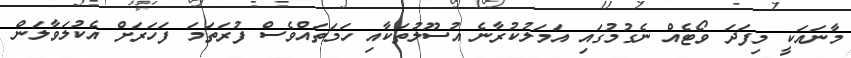
މާނައަކީ މިފަދަ ވޯޓެއް ނެގުމުގައި އަމަލުކުރާނެ އުސޫލުތަކާއި ހަމަތައްވެސް ފުރަތަމަ ފަހަރަށް އެކުލަވާލަން